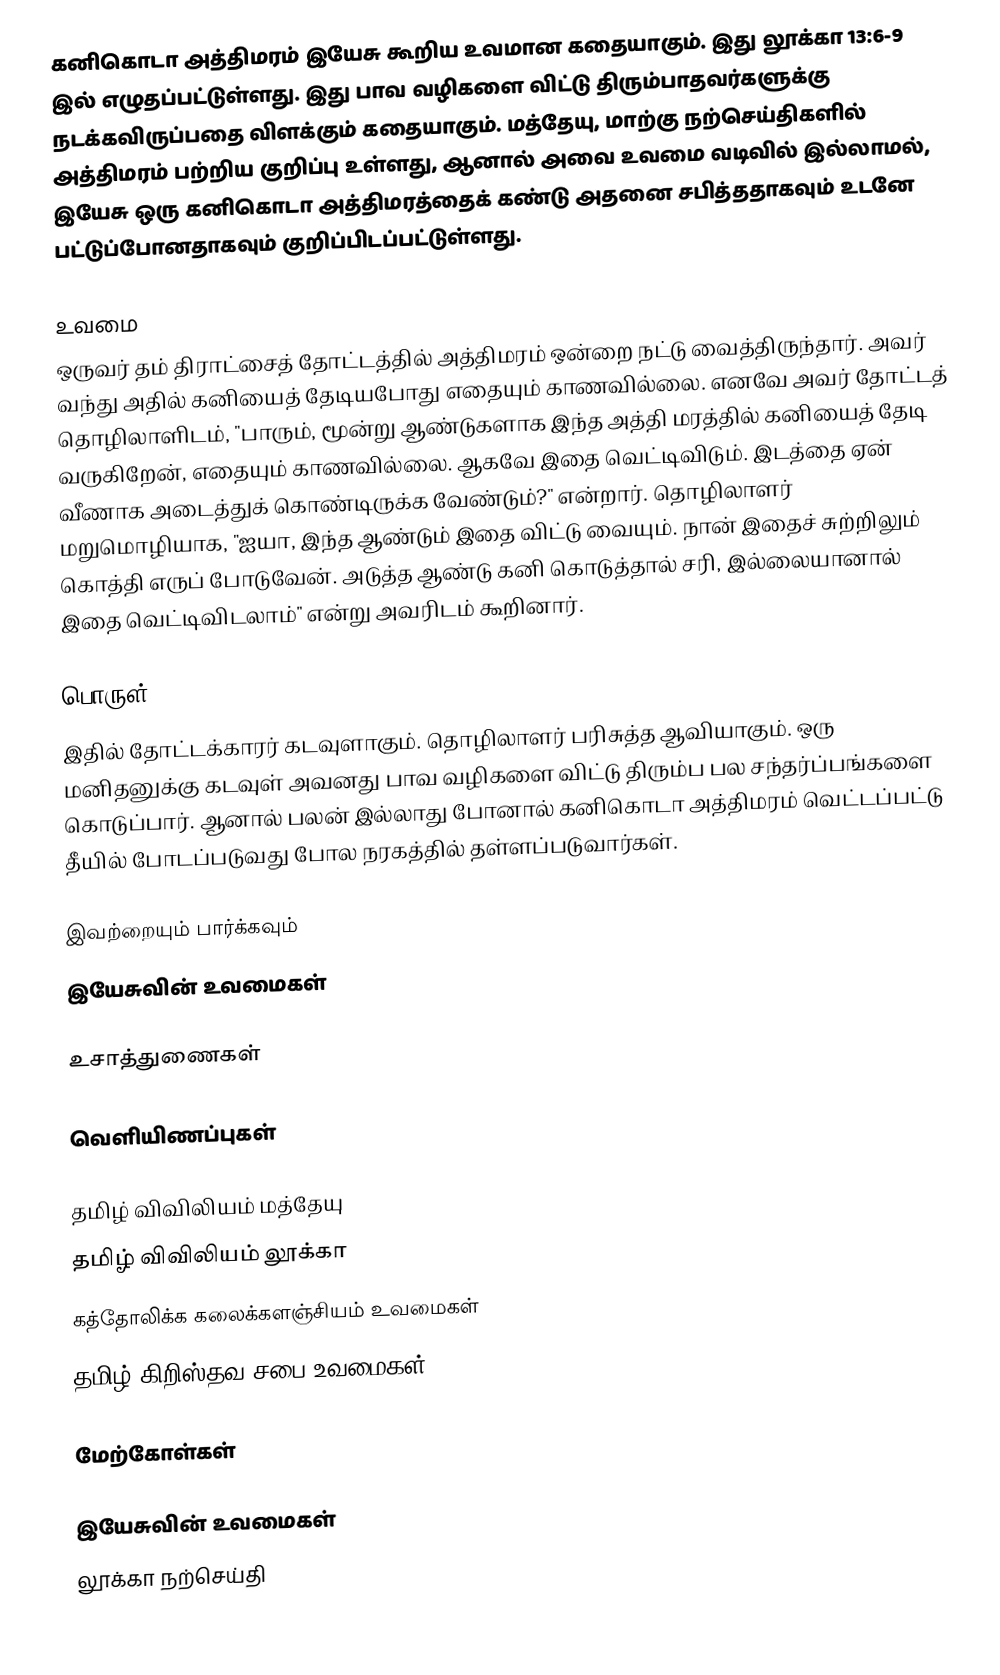
கனிகொடா அத்திமரம் இயேசு கூறிய உவமான கதையாகும். இது லூக்கா 13:6-9 இல் எழுதப்பட்டுள்ளது. இது பாவ வழிகளை விட்டு திரும்பாதவர்களுக்கு நடக்கவிருப்பதை விளக்கும் கதையாகும். மத்தேயு, மாற்கு நற்செய்திகளில் அத்திமரம் பற்றிய குறிப்பு உள்ளது, ஆனால் அவை உவமை வடிவில் இல்லாமல், இயேசு ஒரு கனிகொடா அத்திமரத்தைக் கண்டு அதனை சபித்ததாகவும் உடனே பட்டுப்போனதாகவும் குறிப்பிடப்பட்டுள்ளது.

உவமை
ஒருவர் தம் திராட்சைத் தோட்டத்தில் அத்திமரம் ஒன்றை நட்டு வைத்திருந்தார். அவர் வந்து அதில் கனியைத் தேடியபோது எதையும் காணவில்லை. எனவே அவர் தோட்டத் தொழிலாளிடம், "பாரும், மூன்று ஆண்டுகளாக இந்த அத்தி மரத்தில் கனியைத் தேடி வருகிறேன், எதையும் காணவில்லை. ஆகவே இதை வெட்டிவிடும். இடத்தை ஏன் வீணாக அடைத்துக் கொண்டிருக்க வேண்டும்?" என்றார். தொழிலாளர் மறுமொழியாக, "ஐயா, இந்த ஆண்டும் இதை விட்டு வையும். நான் இதைச் சுற்றிலும் கொத்தி எருப் போடுவேன். அடுத்த ஆண்டு கனி கொடுத்தால் சரி, இல்லையானால் இதை வெட்டிவிடலாம்" என்று அவரிடம் கூறினார்.

பொருள்
இதில் தோட்டக்காரர் கடவுளாகும். தொழிலாளர் பரிசுத்த ஆவியாகும். ஒரு மனிதனுக்கு கடவுள் அவனது பாவ வழிகளை விட்டு திரும்ப பல சந்தர்ப்பங்களை கொடுப்பார். ஆனால் பலன் இல்லாது போனால் கனிகொடா அத்திமரம் வெட்டப்பட்டு தீயில் போடப்படுவது போல நரகத்தில் தள்ளப்படுவார்கள்.

இவற்றையும் பார்க்கவும்
 இயேசுவின் உவமைகள்

உசாத்துணைகள்

வெளியிணப்புகள்

 தமிழ் விவிலியம் மத்தேயு
 தமிழ் விவிலியம் லூக்கா
  கத்தோலிக்க கலைக்களஞ்சியம் உவமைகள்
 தமிழ் கிறிஸ்தவ சபை  உவமைகள்

மேற்கோள்கள்

இயேசுவின் உவமைகள்
லூக்கா நற்செய்தி